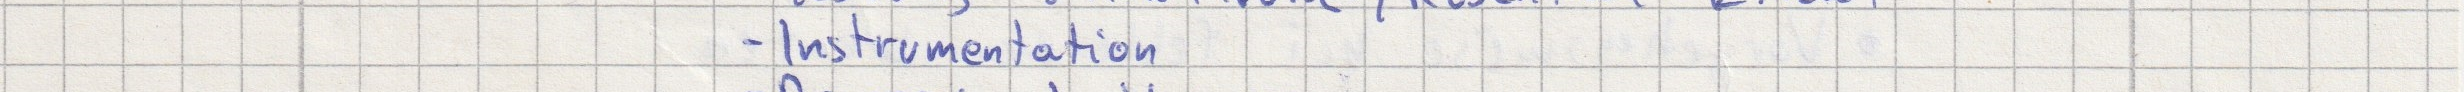
- Instrumentation